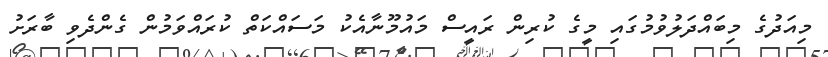
މިއަދުގެ މިބައްދަލުވުމުގައި މީގެ ކުރިން ރައީސް މައުމޫނާއެކު މަސައްކަތް ކުރައްވަމުން ގެންދެވި ބާރަށު